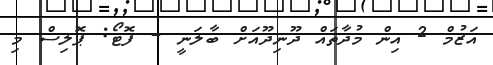
އަޒުމް 2 އިން މުދާތައް ދޫނިދޫއަށް ބާލަނީ - ފޮޓޯ: ޕޮލިސް މި